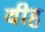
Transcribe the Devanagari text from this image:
वीह